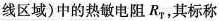
线区域)中的热敏电阻R_{T}，其标称